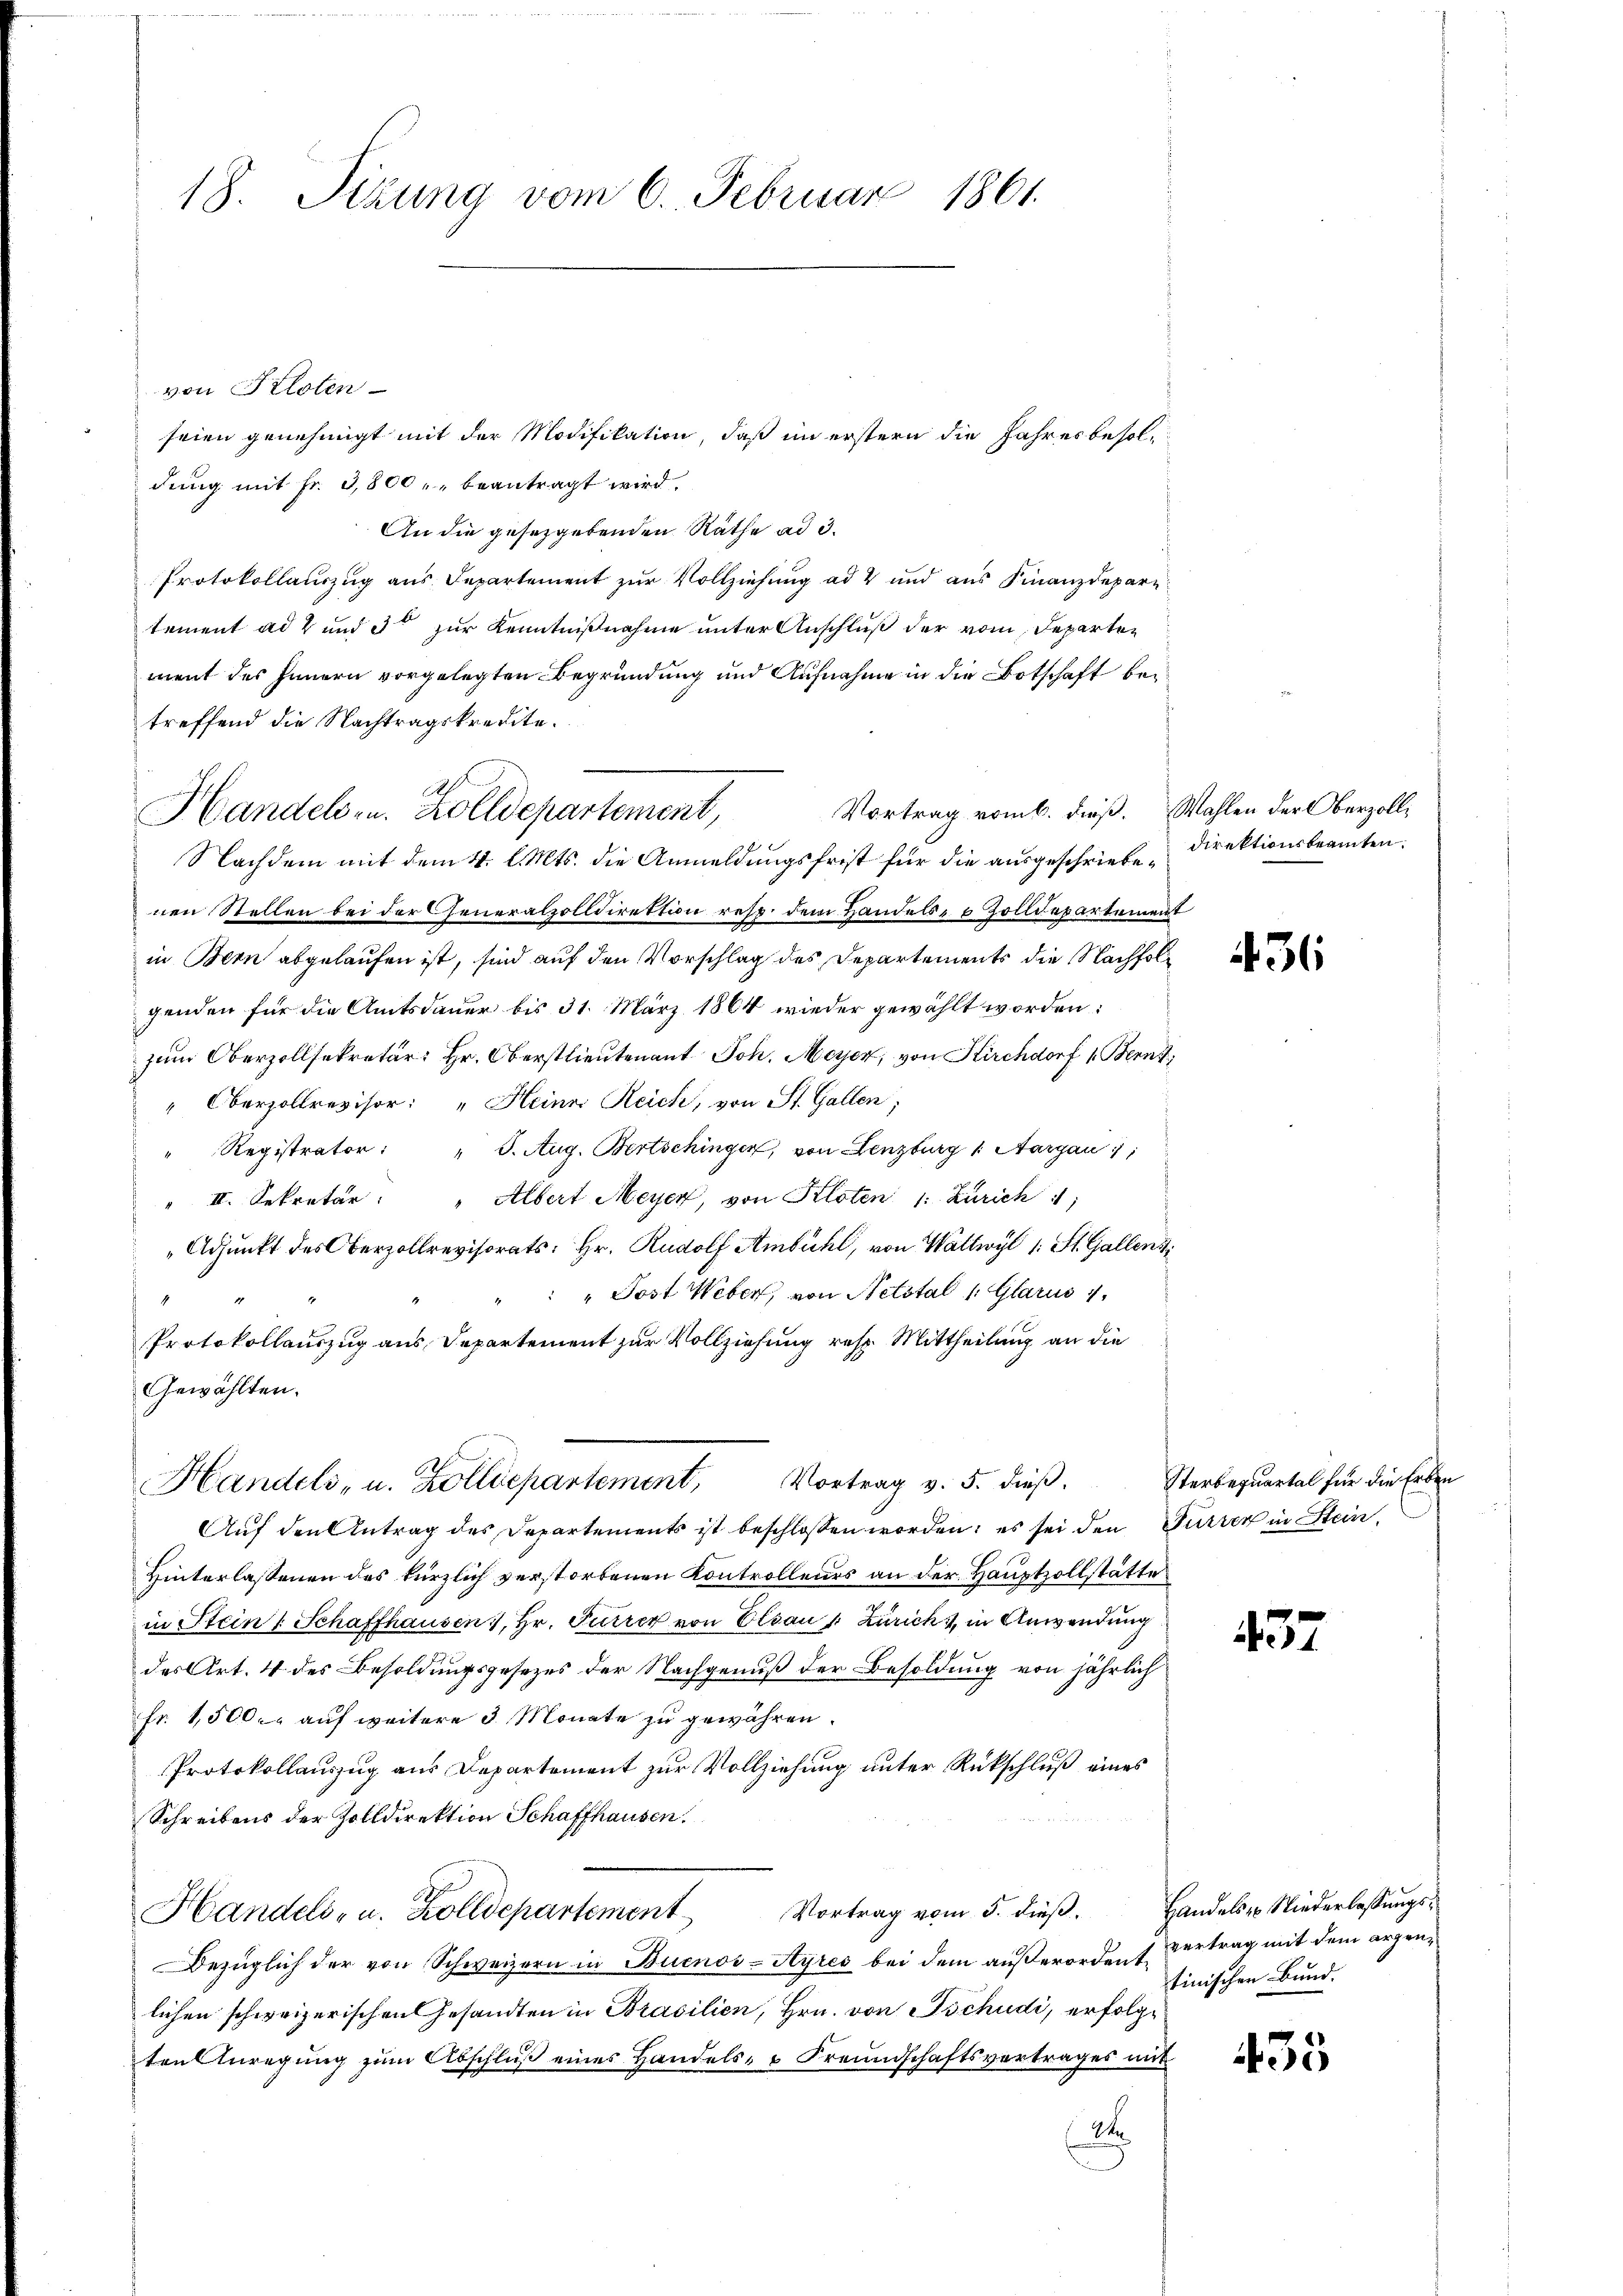
18. Sizung vom 6. Februar 1861.

von Kloten
seien genehmigt mit der Modifikation, daß im erstern die Jahresbesoldung mit Fr. 3,800   beantragt wird.
An die gesetzgebenden Räthe ad 3.
Protokollanzug aus Departement zur Vollziehung ad 2 und aus Finanzdepar
tement ad 2 und 3 zur Kenntnißnahme unter Anschluß der vom Departen
ment des Innern vorgelegten Begründung und Aufnahme in die Botschaft betreffend die Nachtragskredite.
Vortrag vom 6. dieß. Wahlen der Oberzoll¬
Nachdem mit dem 11. l. Mts. die Anmeldungsfrist für die ausgeschriebe Direktionsbeamten:
nen Stellen bei der Generalzolldirettin rest dem Handels- & Zolldepartement
in Bern abgelaufen ist, sind auf den Vorschlag des Departements die Nachfolgenden für die Amtsdauer bis 31. März 1864 wieder gewählt worden:
zum Oberzollsekretär: Hr. Oberstlieutenant Joh. Meyer, von Kirchdorf 1. Bern
" Oberzollrevisor: "Heiner Reich, von St. Gallen;
Registrator: " 5. Aug. Bertschinger, von Lenzburg 1. Aargau;
" II. Sekretär: " Albert Meyer, von Kloten 1: Zürich 1
Adjunkt des Oberzollrevisorats: Hr. Rudolf Ambühl, von Wattwyl 1. St. Gallenz,
" " " Jost Weber, von Netstal 1 Glarus 1
Protokollauszug aus Departement zur Vollziehung resp. Mittheilung an die
Gewählten.
Handels- u. Zolldepartement, Vortrag v. 5. dieβ.
Auf den Antrag des Departements ist beschlossen worden; es sei den Furrer in Stein,
Hinterlassenen des kürzlich verstorbenen Kontrolleurs an der Hauptzollstätte
in Stein [Schaffhausen, Hr. Furrer von Elsau u. Zürich, in Anwendung
des Art. 4 des Besoldungsgesezes der Nachgenuß der Besoldung von jährlich
fr. 1,500. auf weitere 3 Monate zu gewähren.
Protokollauszug aus Departement zur Vollziehung unter Rückschluß eines
Schreibens der Zolldirektion Schaffhausen.
Vortrag vom 5. dieß.
Handels- u. Zolldepartement
Bezüglich der von Schweizern in Buenos-Ayres bei dem außerordent Vertrag mit dem arzenlichen schweizerischen Gesandten in Brasilien, Hrn. von Tschudi, erfolgten Curegung zum Abschluß eines Handels- u Freundschaftsvertrages mit
2

Handels- u. Zolldepartement,

436

Sterbequartal für die Erben

437

Handels zu Niederlassungstinischen Bund.

435